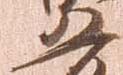
五